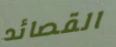
القصائد